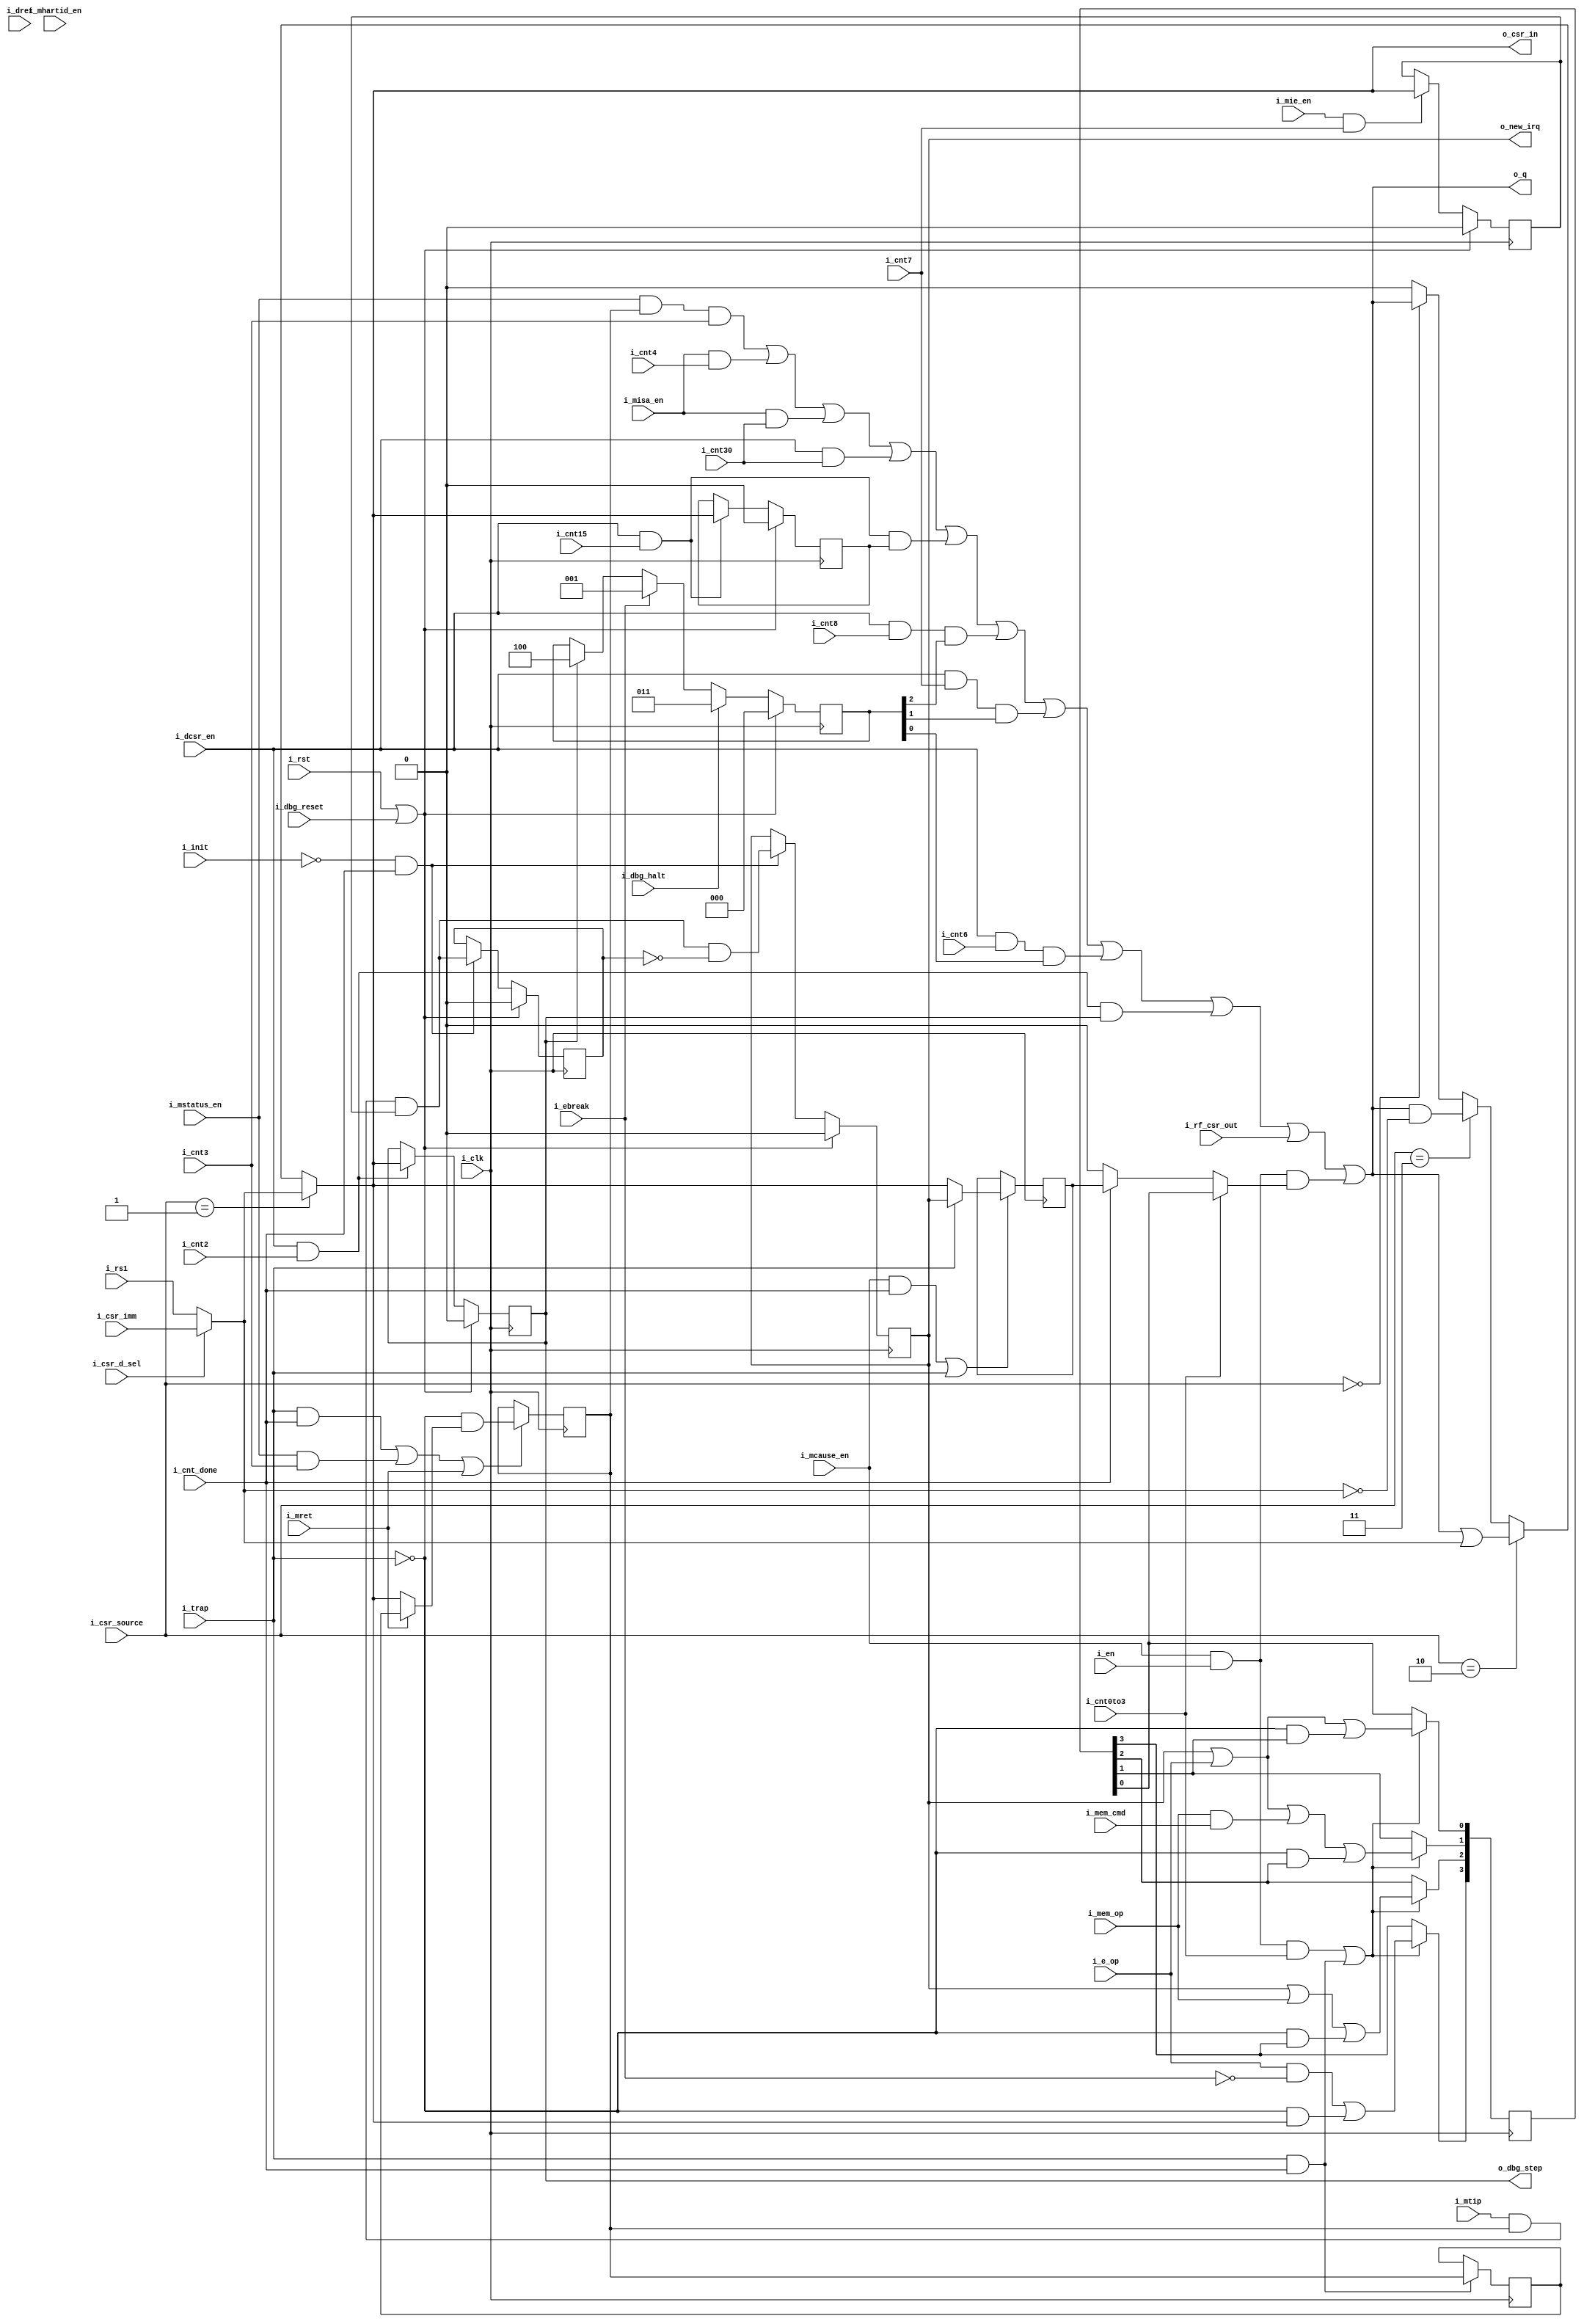
module serv_csr # (
    parameter E_EXT = 1'b1
)
(
   input  wire 	     i_clk,
   input  wire 	     i_rst,
   input  wire       i_dbg_halt,
   input  wire       i_dbg_reset,
   //State
   input  wire 	     i_init,
   input  wire 	     i_en,
   input  wire 	     i_cnt0to3,
   input  wire       i_cnt2,
   input  wire 	     i_cnt3,
   input  wire       i_cnt4,
   input  wire       i_cnt6,
   input  wire 	     i_cnt7,
   input  wire       i_cnt8,
   input  wire       i_cnt15,
   input  wire       i_cnt30,
   input  wire 	     i_cnt_done,
   input  wire 	     i_mem_op,
   input  wire 	     i_mtip,
   input  wire 	     i_trap,
   output reg 	     o_new_irq,
   output wire       o_dbg_step,
   //Control
   input  wire 	     i_e_op,
   input  wire 	     i_ebreak,
   input  wire 	     i_mem_cmd,
   input  wire 	     i_mstatus_en,
   input  wire 	     i_mie_en,
   input  wire 	     i_mcause_en,
   input  wire       i_misa_en,
   input  wire       i_mhartid_en,
   input  wire       i_dcsr_en,
   input  wire [1:0] i_csr_source,
   input  wire 	     i_mret,
   input  wire       i_dret,
   input  wire 	     i_csr_d_sel,
   //Data
   input  wire 	     i_rf_csr_out,
   output wire 	     o_csr_in,
   input  wire 	     i_csr_imm,
   input  wire 	     i_rs1,
   output wire 	     o_q
);

   localparam [1:0] CSR_SOURCE_CSR = 2'b00,
                    CSR_SOURCE_EXT = 2'b01,
                    CSR_SOURCE_SET = 2'b10,
                    CSR_SOURCE_CLR = 2'b11;

   reg 		 mstatus_mie;
   reg 		 mstatus_mpie;
   reg 		 mie_mtie;

   reg 		 mcause31;
   reg [3:0] mcause3_0;
   wire 	 mcause;

   wire 	csr_in;
   wire 	csr_out;

   reg      dcsr_step;
   reg      dcsr_ebreakm;
   
   reg 	 	 timer_irq_r;
   reg [2:0] dcsr_cause;
   
   wire 	d = i_csr_d_sel ? i_csr_imm : i_rs1;

   wire     e_extension = E_EXT;
   
   assign csr_in = (i_csr_source == CSR_SOURCE_EXT) ? d :
		           (i_csr_source == CSR_SOURCE_SET) ? csr_out | d :
		           (i_csr_source == CSR_SOURCE_CLR) ? csr_out & ~d :
		           (i_csr_source == CSR_SOURCE_CSR) ? csr_out : 1'b0;

   assign csr_out = (i_mstatus_en & mstatus_mie & i_cnt3) |
                    (i_misa_en & i_cnt4)    | // support E extension
//                    (i_misa_en & i_cnt8 & !e_extension)   | // support I extension
                    (i_misa_en & i_cnt30)                 | // 32-bit
                    (i_dcsr_en & i_cnt30)                 | // adapt to sepc 1.0 
                    (i_dcsr_en & i_cnt15 & dcsr_ebreakm)  | // ebreakm
                    (i_dcsr_en & i_cnt8 & dcsr_cause[2])  | // dcsr.cause
                    (i_dcsr_en & i_cnt7 & dcsr_cause[1])  | // dcsr.cause   
                    (i_dcsr_en & i_cnt6 & dcsr_cause[0])  | // dcsr.cause
		            (i_dcsr_en & i_cnt2 & dcsr_step)      |
		            (i_rf_csr_out)                        |
		            (i_mcause_en & i_en & mcause);

   assign o_q = csr_out;

   wire 	timer_irq = i_mtip & mstatus_mie & mie_mtie;

   assign mcause = i_cnt0to3 ? mcause3_0[0] : //[3:0]
		           i_cnt_done ? mcause31 //[31]
                   : 1'b0;

   assign o_csr_in = csr_in;

   always @(posedge i_clk) begin
    if (i_rst| i_dbg_reset) dcsr_cause <= 3'b000;
    else if (i_dbg_halt) dcsr_cause <= 3'b011;
    else if (i_ebreak)   dcsr_cause <= 3'b001;
    else if (dcsr_step)  dcsr_cause <= 3'b100;
   end
   
   always @(posedge i_clk) begin
      if (i_rst| i_dbg_reset) begin
         timer_irq_r <= 1'b0;
         o_new_irq   <= 1'b0;
      end
      else if (!i_init && i_cnt_done) begin
         timer_irq_r <= timer_irq;
         o_new_irq   <= timer_irq & !timer_irq_r;
      end
      
      if (i_rst | i_dbg_reset) 
        mie_mtie <= 1'b0;
      else if (i_mie_en && i_cnt7) 
        mie_mtie <= csr_in;

      /*
       The mie bit in mstatus gets updated under three conditions

       When a trap is taken, the bit is cleared
       During an mret instruction, the bit is restored from mpie
       During a mstatus CSR access instruction it's assigned when
        bit 3 gets updated

       These conditions are all mutually exclusibe
       */
      if ((i_trap && i_cnt_done) || (i_mstatus_en && i_cnt3) || i_mret)
	       mstatus_mie <= !i_trap & (i_mret ?  mstatus_mpie : csr_in);

      /*o_dbg_step
       Note: To save resources mstatus_mpie (mstatus bit 7) is not
       readable or writable from sw
       */
      if (i_trap & i_cnt_done)
	       mstatus_mpie <= mstatus_mie;

      /*
       The four lowest bits in mcause hold the exception code

       These bits get updated under three conditions

       During an mcause CSR access function, they are assigned when
       bits 0 to 3 gets updated

       During an external interrupt the exception code is set to
       7, since SERV only support timer interrupts

       During an exception, the exception code is assigned to indicate
       if it was caused by an ebreak instruction (3),
       ecall instruction (11), misaligned load (4), misaligned store (6)
       or misaligned jump (0)

       The expressions below are derived from the following truth table
       irq  => 0111 (timer=7)
       e_op => x011 (ebreak=3, ecall=11)
       mem  => 01x0 (store=6, load=4)
       ctrl => 0000 (jump=0)
       */
      if (i_mcause_en & i_en & i_cnt0to3 | (i_trap & i_cnt_done)) begin
         mcause3_0[3] <= (i_e_op & !i_ebreak) | (!i_trap & csr_in);
         mcause3_0[2] <= o_new_irq | i_mem_op | (!i_trap & mcause3_0[3]);
         mcause3_0[1] <= o_new_irq | i_e_op | (i_mem_op & i_mem_cmd) | (!i_trap & mcause3_0[2]);
         mcause3_0[0] <= o_new_irq | i_e_op | (!i_trap & mcause3_0[1]);
      end
            
      if (i_mcause_en & i_cnt_done | i_trap)
	     mcause31 <= i_trap ? o_new_irq : csr_in;
      
      if (i_rst| i_dbg_reset)
         dcsr_step <= 1'b0;
      else if (i_dcsr_en & i_cnt2)
         dcsr_step <= csr_in;

      if (i_rst| i_dbg_reset)
         dcsr_ebreakm <= 1'b0;
      else if (i_dcsr_en & i_cnt15)
         dcsr_ebreakm <= csr_in;
   end
    
   assign o_dbg_step = dcsr_step;
   
endmodule